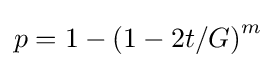
p=1-\left(1-2t/G\right)^{m}